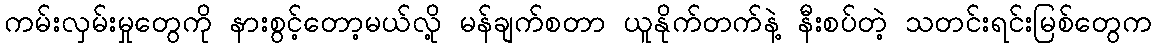
ကမ်းလှမ်းမှုတွေကို နားစွင့်တော့မယ်လို့ မန်ချက်စတာ ယူနိုက်တက်နဲ့ နီးစပ်တဲ့ သတင်းရင်းမြစ်တွေက